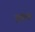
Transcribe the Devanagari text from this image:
इंचॉनची